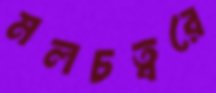
মলচত্বরে